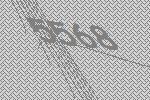
5568